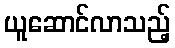
ယူဆောင်လာသည့်